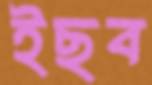
ইছব